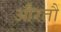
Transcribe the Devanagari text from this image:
औरतौं